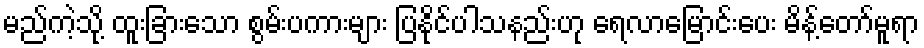
မည်ကဲ့သို့ ထူးခြားသော စွမ်းပကားများ ပြနိုင်ပါသနည်းဟု ရေလာမြောင်းပေး မိန့်တော်မူရာ